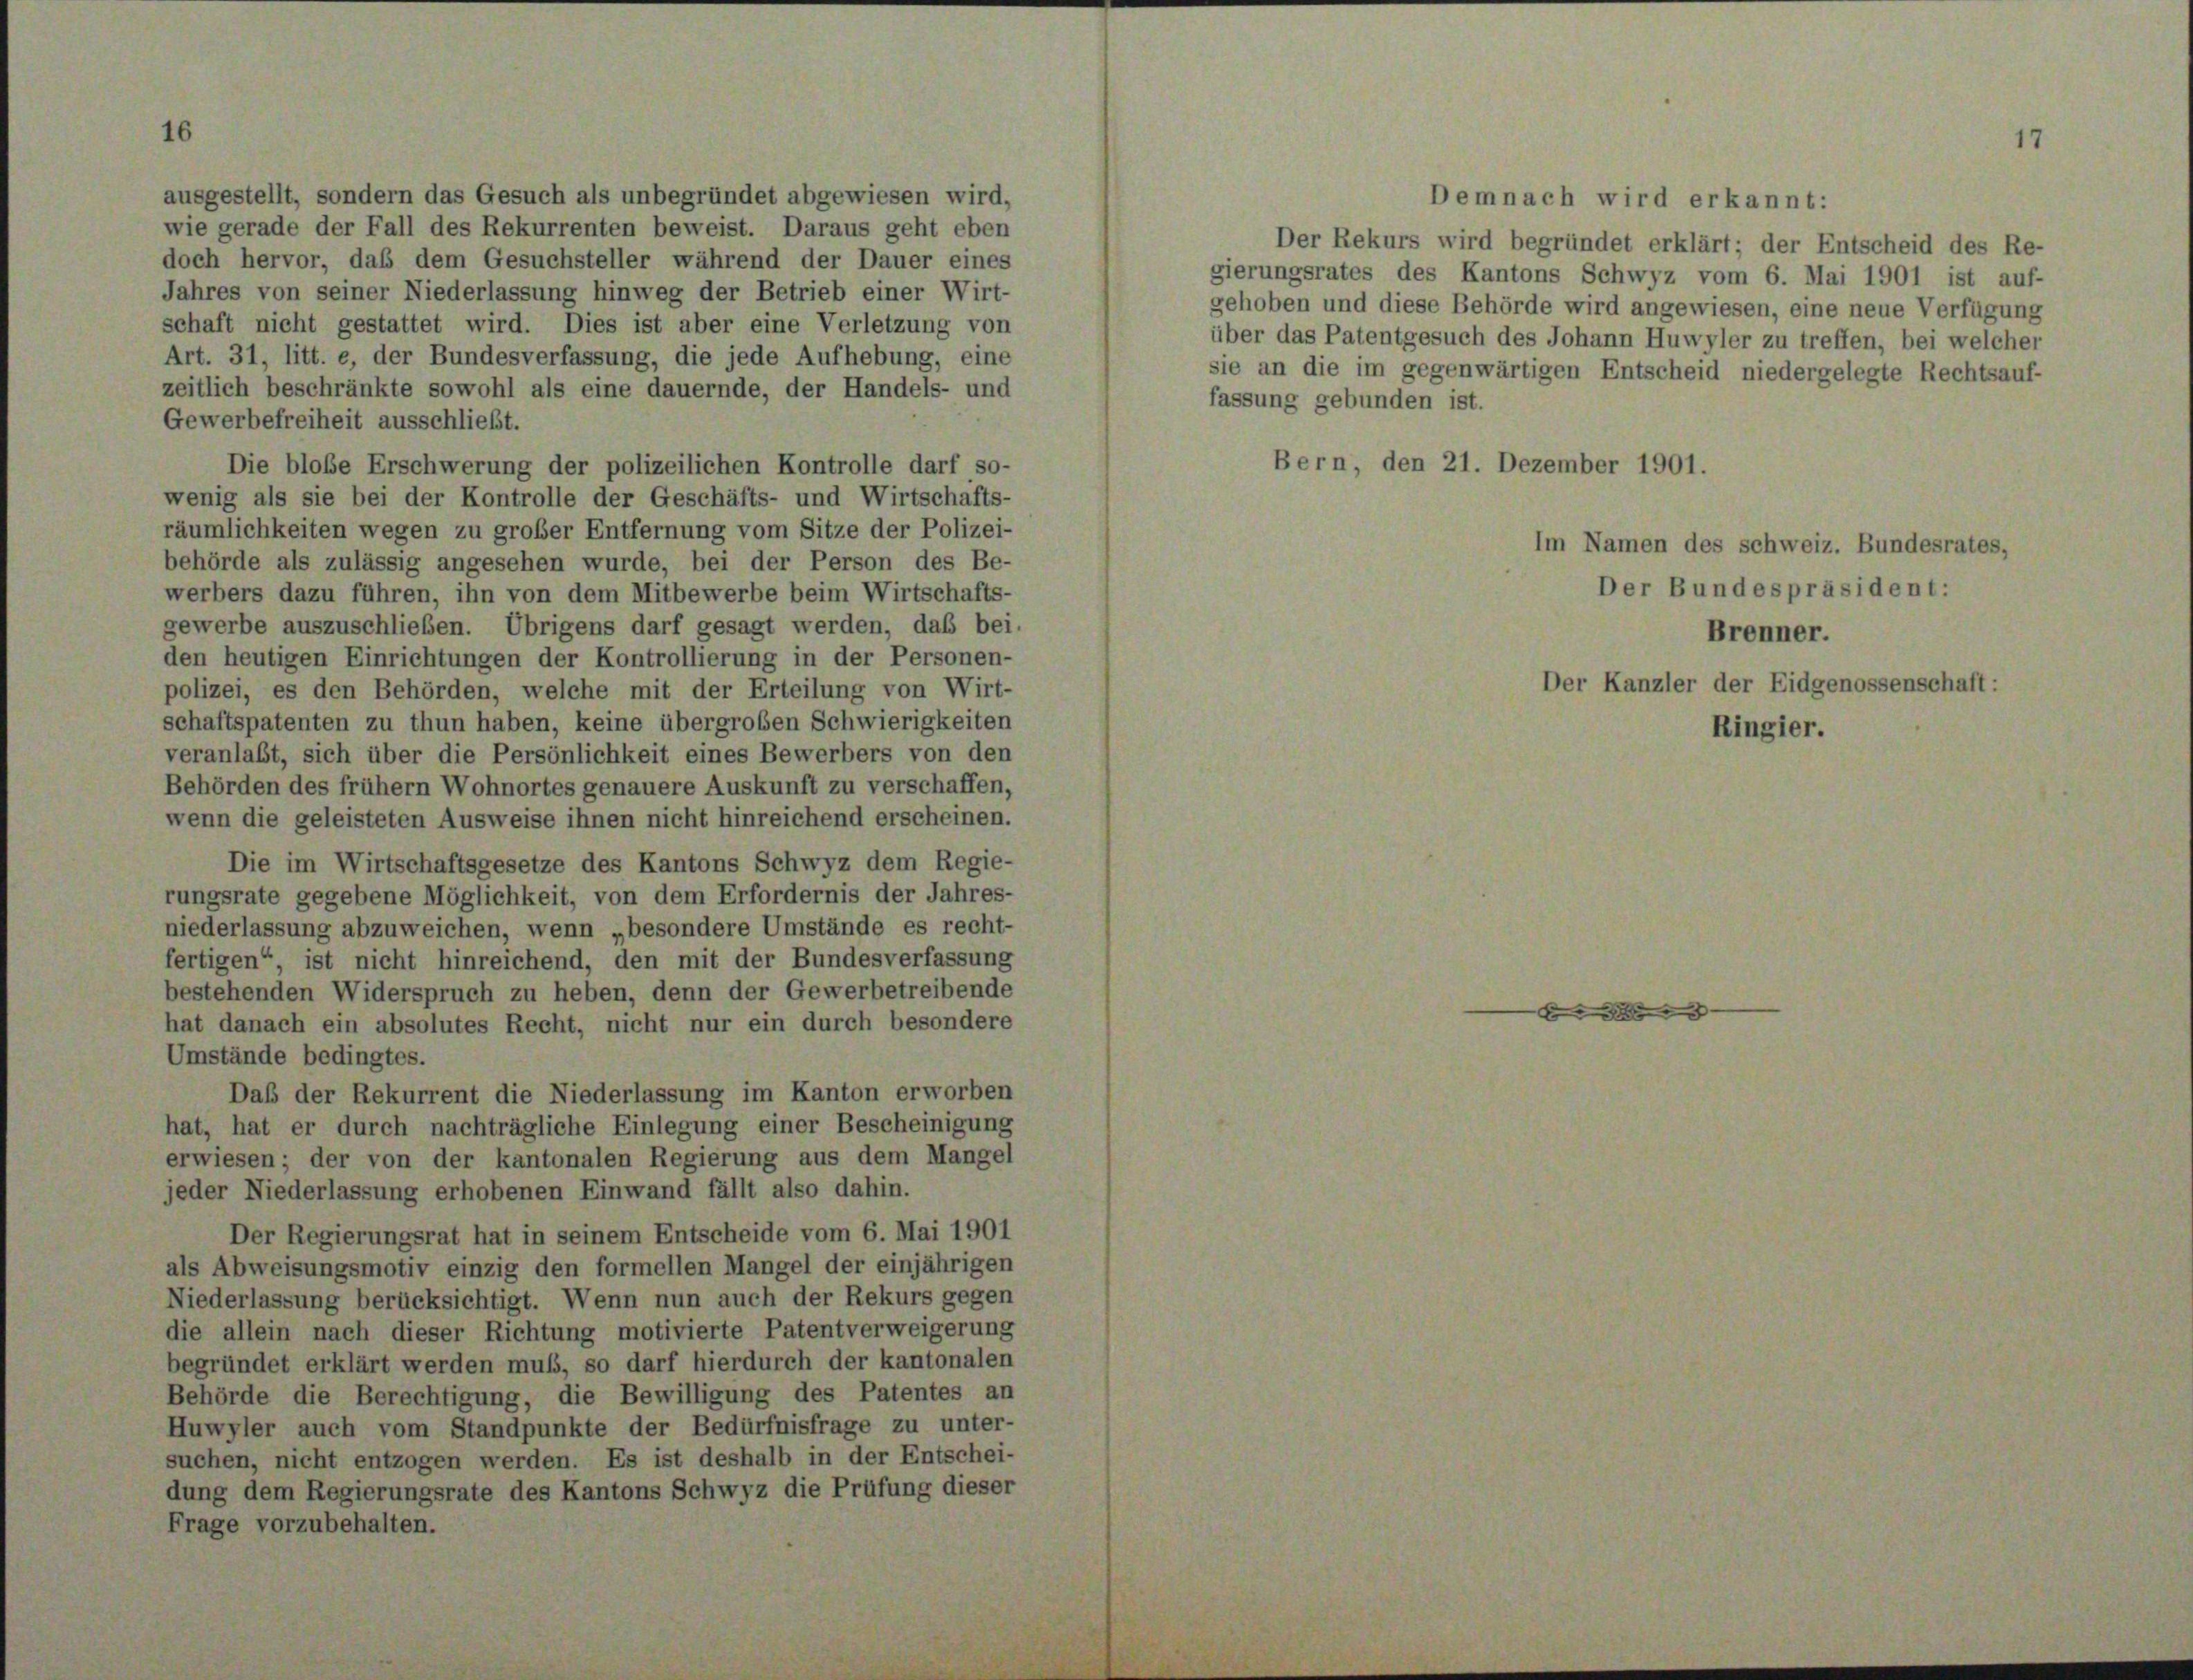
ausgestellt, sondern das Gesuch als unbegründet abgewiesen wird,
Demnach wird erkannt:
wie gerade der Fall des Rekurrenten beweist. Daraus geht eben
Der Rekurs wird begründet erklärt; der Entscheid des Re-
doch hervor, das dem Gesuchsteller während der Dauer eines
gierungsrates des Kantons Schwyz vom 6. Mai 1901 ist auf-
Jahres von seiner Niederlassung hinweg der Betrieb einer Wirt-
gehoben und diese Behörde wird angewiesen, eine neue Verfügung
schaft nicht gestattet wird. Dies ist aber eine Verletzung von
über das Patentgesuch des Johann Huwyler zu treffen, bei welcher
Art. 31, litt. e, der Bundesverfassung, die jede Aufhebung, eine
sie an die im gegenwärtigen Entscheid niedergelegte Rechtsauf-
zeitlich beschränkte sowohl als eine dauernde, der Handels- und
fassung gebunden ist.
Gewerbefreiheit ausschließt.
Bern, den 21. Dezember 1901.
Die bloße Erschwerung der polizeilichen Kontrolle darf so-
wenig als sie bei der Kontrolle der Geschäfts- und Wirtschafts-
räumlichkeiten wegen zu großer Entfernung vom Sitze der Polizei-
behörde als zulässig angesehen wurde, bei der Person des Be-
werbers dazu führen, ihn von dem Mitbewerbe beim Wirtschafts-
gewerbe auszuschlieben. Übrigens darf gesagt werden, daß bei.
den heutigen Einrichtungen der Kontrollierung in der Personen-
polizei, es den Behörden, welche mit der Erteilung von Wirt-
schaftspatenten zu thun haben, keine übergroßen Schwierigkeiten
veranlaßt, sich über die Persönlichkeit eines Bewerbers von den
Behörden des frühem Wohnortes genauere Auskunft zu verschaffen,
wenn die geleisteten Ausweise ihnen nicht hinreichend erscheinen.
Die im Wirtschaftsgesetze des Kantons Schwyz dem Regie-
rungsrate gegebene Möglichkeit, von dem Erfordernis der Jahres-
niederlassung abzuweichen, wenn „besondere Umstände es recht-
fertigen“ ist nicht hinreichend, den mit der Bundesverfassung
bestehenden Widerspruch zu heben, denn der Gewerbetreibende

hat danach ein absolutes Recht, nicht nur ein durch besondere
Umstände bedingtes.
Daß der Rekurrent die Niederlassung im Kanton erworben
hat, hat er durch nachträgliche Einlegung einer Bescheinigung
erwiesen; der von der kantonalen Regierung aus dem Mangel
jeder Niederlassung erhobenen Einwand fällt also dahin.
Der Regierungsrat hat in seinem Entscheide vom 6. Mai 1901
als Abweisungsmotiv einzig den formellen Mangel der einjährigen
Niederlassung berücksichtigt. Wenn nun auch der Rekurs gegen
die allein nach dieser Richtung motivierte Patentverweigerung
begründet erklärt werden muß, so darf hierdurch der kantonalen
Behörde die Berechtigung, die Bewilligung des Patentes an
Huwyler auch vom Standpunkte der Bedürfnisfrage zu unter-
suchen, nicht entzogen werden. Es ist deshalb in der Entschei-
dung dem Regierungsrate des Kantons Schwyz die Prüfung dieser
Frage vorzubehalten.

Ringier.

Der Bundespräsident:
Brenner.
Der Kanzler der Eidgenossenschaf

Im Namen des Schweiz. Bundesrates,